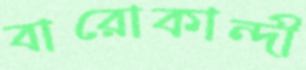
বারোকান্দী